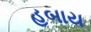
હબાય